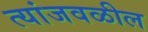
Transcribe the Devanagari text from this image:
त्यांजवळील